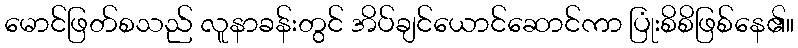
မောင်ဖြတ်စသည် လူနာခန်းတွင် အိပ်ချင်ယောင်ဆောင်ကာ ပြုံးစိစိဖြစ်နေ၏။